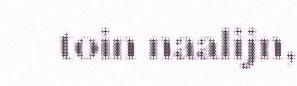
toin naalijn,